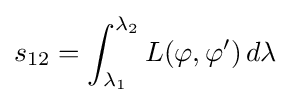
s_{12}=\int _{\lambda _{1}}^{\lambda _{2}}L(\varphi ,\varphi ')\,d\lambda